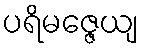
ပရိမဇ္ဇေယျ